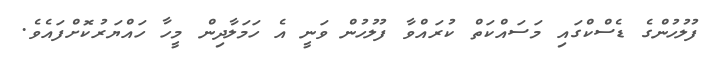
ފުލުހުންގެ ޑެސްކްގައި މަސައްކަތް ކުރައްވާ ފުލުހުން ވަނީ އެ ހަމަލާދިން މީހާ ހައްޔަރުކޮށްފައެވެ.